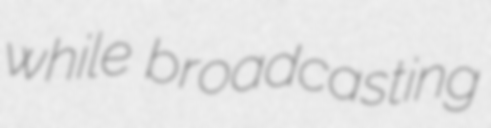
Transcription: while broadcasting